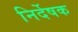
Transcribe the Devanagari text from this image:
निर्देषक